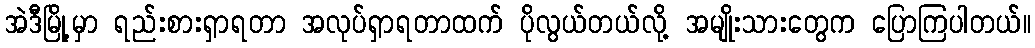
အဲဒီမြို့မှာ ရည်းစားရှာရတာ အလုပ်ရှာရတာထက် ပိုလွယ်တယ်လို့ အမျိုးသားတွေက ပြောကြပါတယ်။